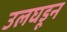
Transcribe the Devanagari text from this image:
उलघडून